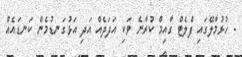
- ހުޅުމާލޭގައި ފްލެޓް ގާއިމް ކުރާނެ ވަކި އަދަދެއް އަދި އަޅުގަނޑުމެން ކަނޑައެއް